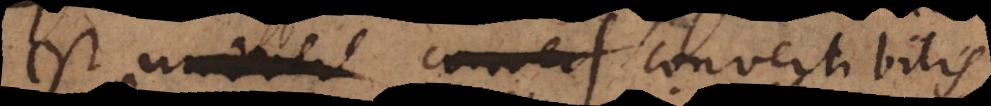
est convertibilis